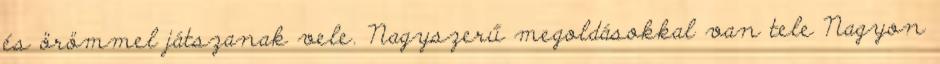
és örömmel játszanak vele. Nagyszerű megoldásokkal van tele Nagyon